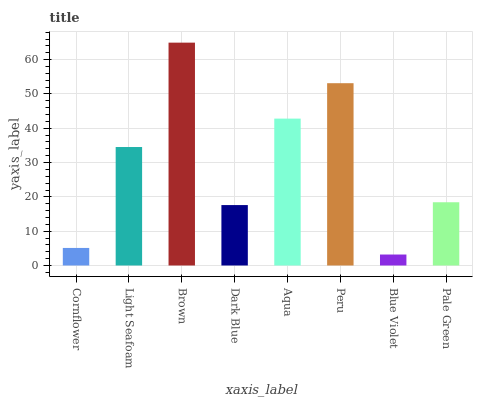
| xaxis_label | bars |
 | --- | --- |
 | Cornflower | 5.12 |
 | Light Seafoam | 34.5 |
 | Brown | 65 |
 | Dark Blue | 17.6 |
 | Aqua | 42.8 |
 | Peru | 53.1 |
 | Blue Violet | 3.2 |
 | Pale Green | 18.4 |